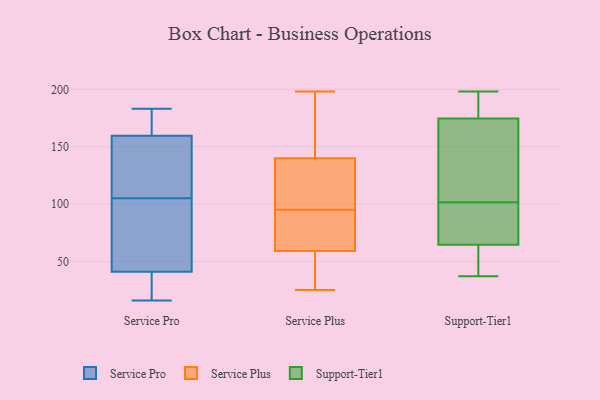
{"axis": {"x": "Market Share (%)", "y": "Value"}, "legend": ["Service Plus", "Service Pro", "Support-Tier1"], "data": [{"x": "", "y": 150, "type": "Service Pro"}, {"x": "", "y": 139, "type": "Service Pro"}, {"x": "", "y": 105, "type": "Service Pro"}, {"x": "", "y": 56, "type": "Service Pro"}, {"x": "", "y": 163, "type": "Service Pro"}, {"x": "", "y": 41, "type": "Service Pro"}, {"x": "", "y": 91, "type": "Service Pro"}, {"x": "", "y": 183, "type": "Service Pro"}, {"x": "", "y": 16, "type": "Service Pro"}, {"x": "", "y": 27, "type": "Service Pro"}, {"x": "", "y": 161, "type": "Service Pro"}, {"x": "", "y": 163, "type": "Service Pro"}, {"x": "", "y": 41, "type": "Service Pro"}, {"x": "", "y": 155, "type": "Service Pro"}, {"x": "", "y": 26, "type": "Service Pro"}, {"x": "", "y": 131, "type": "Service Plus"}, {"x": "", "y": 59, "type": "Service Plus"}, {"x": "", "y": 25, "type": "Service Plus"}, {"x": "", "y": 58, "type": "Service Plus"}, {"x": "", "y": 180, "type": "Service Plus"}, {"x": "", "y": 30, "type": "Service Plus"}, {"x": "", "y": 41, "type": "Service Plus"}, {"x": "", "y": 77, "type": "Service Plus"}, {"x": "", "y": 140, "type": "Service Plus"}, {"x": "", "y": 126, "type": "Service Plus"}, {"x": "", "y": 91, "type": "Service Plus"}, {"x": "", "y": 92, "type": "Service Plus"}, {"x": "", "y": 104, "type": "Service Plus"}, {"x": "", "y": 77, "type": "Service Plus"}, {"x": "", "y": 98, "type": "Service Plus"}, {"x": "", "y": 189, "type": "Service Plus"}, {"x": "", "y": 198, "type": "Service Plus"}, {"x": "", "y": 167, "type": "Service Plus"}, {"x": "", "y": 62, "type": "Support-Tier1"}, {"x": "", "y": 192, "type": "Support-Tier1"}, {"x": "", "y": 87, "type": "Support-Tier1"}, {"x": "", "y": 171, "type": "Support-Tier1"}, {"x": "", "y": 178, "type": "Support-Tier1"}, {"x": "", "y": 79, "type": "Support-Tier1"}, {"x": "", "y": 64, "type": "Support-Tier1"}, {"x": "", "y": 37, "type": "Support-Tier1"}, {"x": "", "y": 69, "type": "Support-Tier1"}, {"x": "", "y": 65, "type": "Support-Tier1"}, {"x": "", "y": 198, "type": "Support-Tier1"}, {"x": "", "y": 116, "type": "Support-Tier1"}, {"x": "", "y": 47, "type": "Support-Tier1"}, {"x": "", "y": 193, "type": "Support-Tier1"}, {"x": "", "y": 150, "type": "Support-Tier1"}, {"x": "", "y": 171, "type": "Support-Tier1"}]}